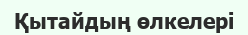
Қытайдың өлкелері